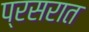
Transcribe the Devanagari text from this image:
प्रसरात